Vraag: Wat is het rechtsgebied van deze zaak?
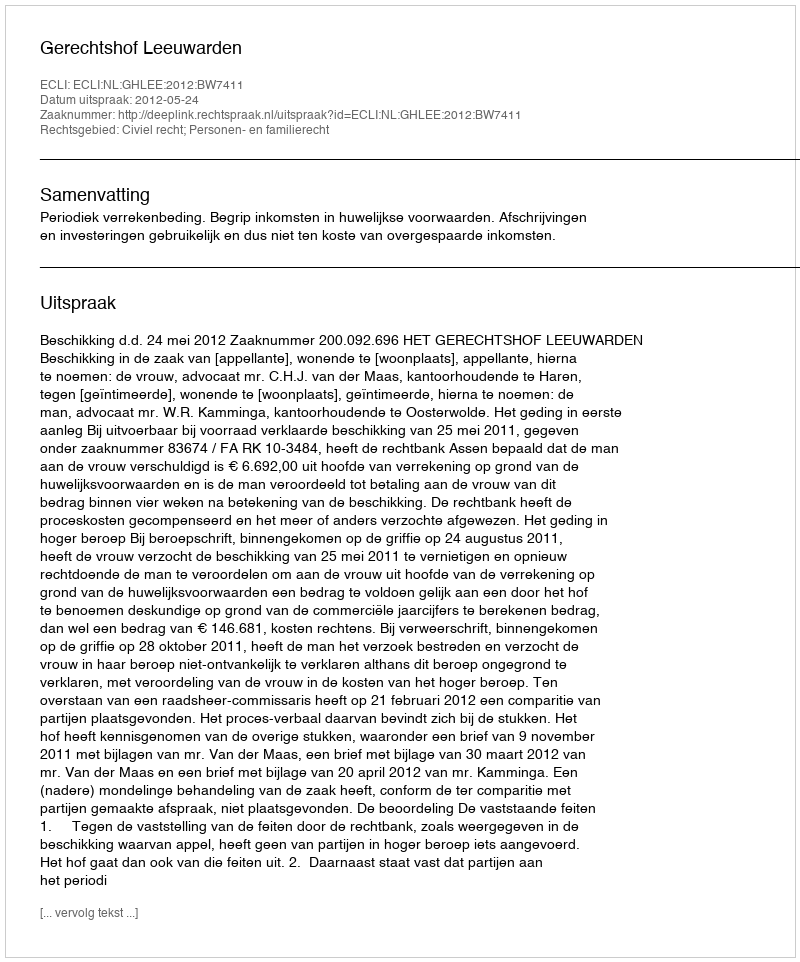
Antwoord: Civiel recht; Personen- en familierecht